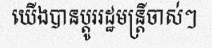
យើងបានប្តូររដ្ឋមន្ត្រីចាស់ៗ